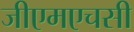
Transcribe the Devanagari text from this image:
जीएमएचसी